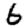
Digit: 6